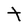
Character: t